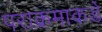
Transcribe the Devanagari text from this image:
पराक्रमाकडे